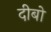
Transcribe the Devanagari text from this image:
दीबो